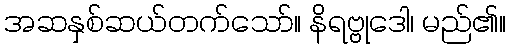
အဆနှစ်ဆယ်တက်သော်။ နိရဗ္ဗုဒေါ၊ မည်၏။